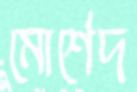
মোর্শেদ